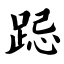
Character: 跽